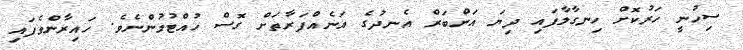
ސިހުނީ ހަރުކޮށް ހިނގާލާފައި ދިޔަ އަންބަރް އެނދުގެ އަނެއްފަރާތަށް ގޮސް ހުއްޓުމުންނެވެ. ހައިރާންވެފައި